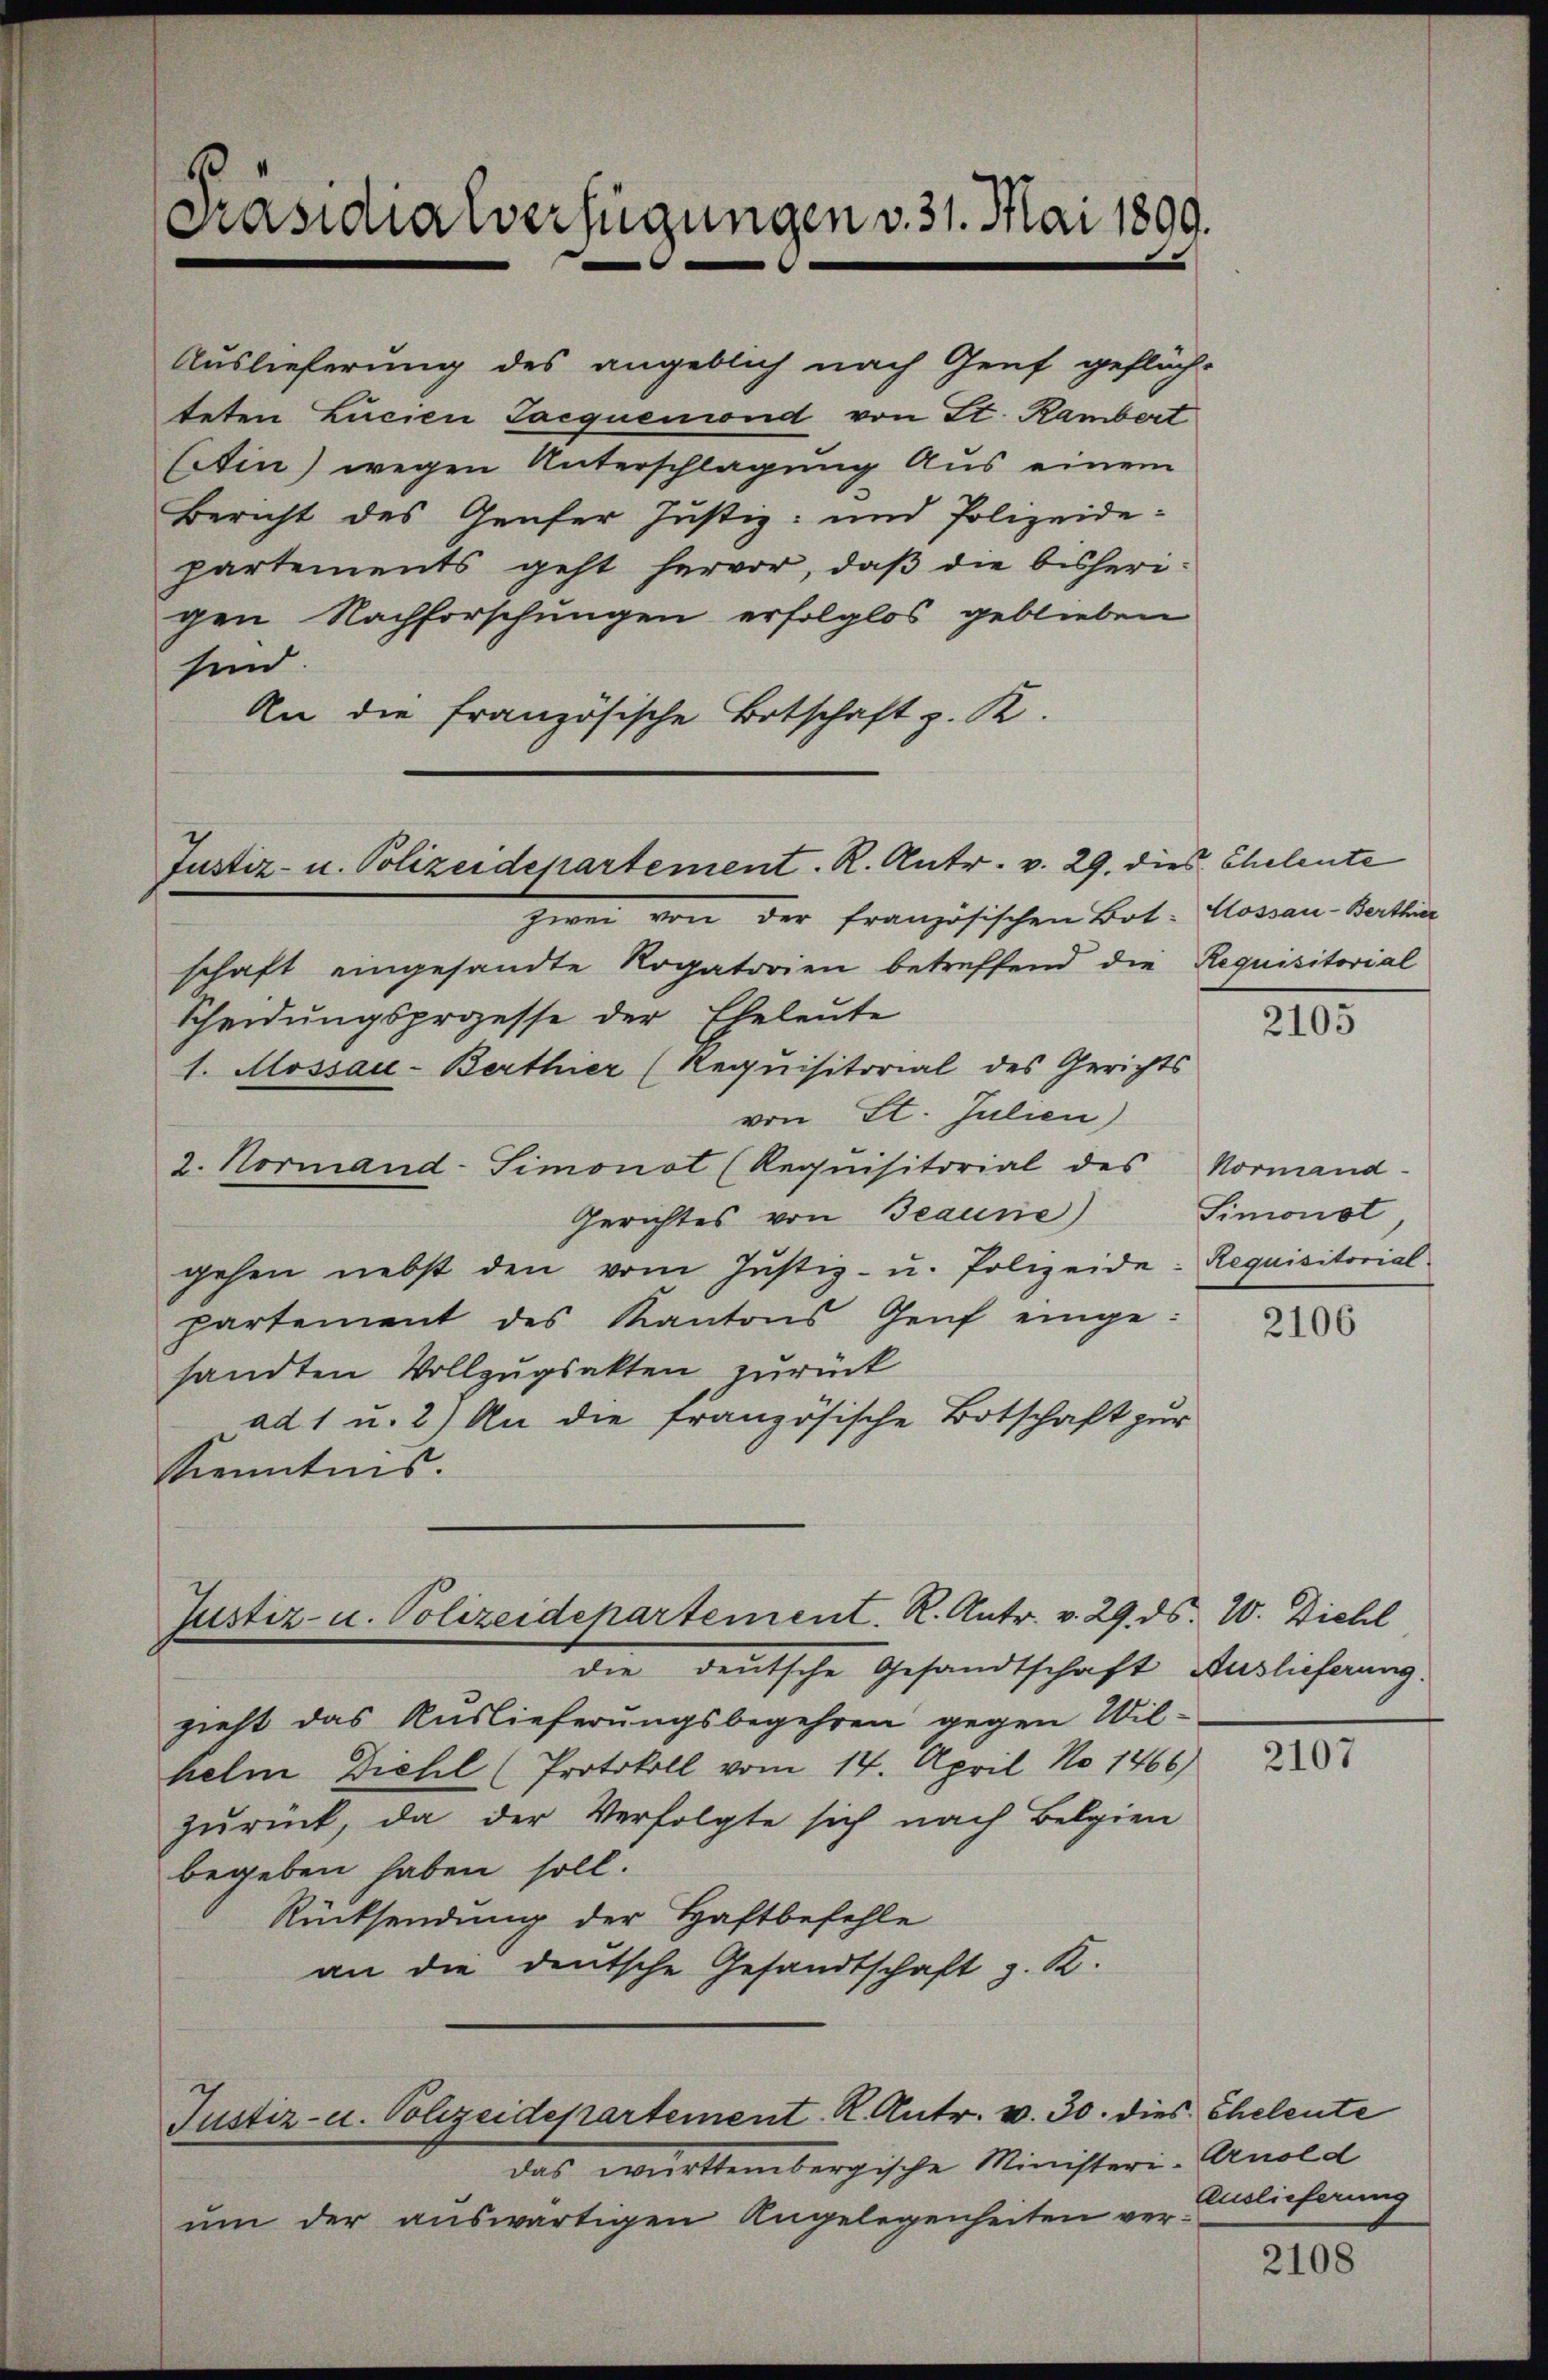
Präsidialverfügungen v. 31. Mai 1899.

Justiz- u. Polizeidepartement. K. Antr. v. 29. dies Cheleute

Auslieferung des angeblich nach Genf gefläch-
teten Lucien Tacquemond von St. Kambert
Extin) wegen Unterschlagung Aus einem
Bericht des Genfer Justiz- und Polizeide-
partements geht hervor, daß die bisherigen Nachforschungen erfolglos geblieben
sind.
An die französische Botschaft z. K.

von der französischen Bot. Mossau-Berthier
schaft eingesandte Rogatorien betreffend die Requisitorial
Scheidungsprozesse der Eheleute
1. Mossau-Berthier (Requisitorial des Gerichts
von St. Julien)
2. Normand-Simonat (Requisitorial des Normand-
Gerichtes von Jeanne)
gehen nebst den vom Justiz- u. Polizeide: Requisitorial
partement des Kantons Genf eingesandten Vollzugsakten zurück
ad 1 u. 2) An die französische Botschaft zur
Kenntnis.

Justiz- u. Polizeidepartement. R. Antr. v. 29. ds. W. Diehl
die deutsche Gesandtschaft Auslieferung.

das württembergische Ministeri-Arnold
um der auswärtigen Angelegenheiten ver¬

zieht das Auslieferungsbegehren gegen Wilhelm Diehl (Protokoll vom 14. April No 1466)
zurück, da der Verfolgte sich nach Belgien
begeben haben soll.
Rücksendung der Haftbefehle
an die deutsche Gesandtschaft z. K.

Justiz- u. Polizeidepartement. K. Antr. v. 30. dies Eheleute

2105

Simonot

2106

2107

Auslieferung

2108